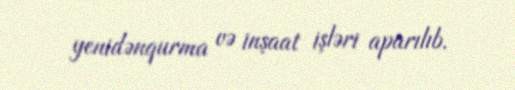
yenidənqurma və inşaat işləri aparılıb.